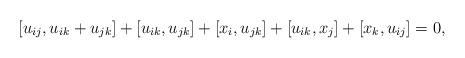
LaTeX: \begin{align*} [u_{ij},u_{ik}+u_{jk}]+[u_{ik},u_{jk}]+[x_i,u_{jk}]+[u_{ik},x_j]+[x_k,u_{ij}]=0,\end{align*}